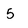
Character: 5